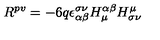
R ^ { p v } = - 6 q \epsilon _ { \alpha \beta } ^ { \sigma \nu } H _ { \mu } ^ { \alpha \beta } H _ { \sigma \nu } ^ { \mu }